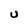
Character: U